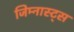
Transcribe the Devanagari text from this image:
जिम्नास्ट्स